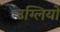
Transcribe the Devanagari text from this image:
उग्लियो